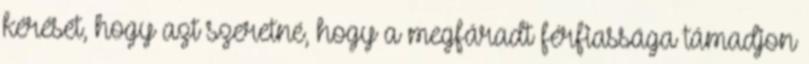
kérését, hogy azt szeretné, hogy a megfáradt férfiassága támadjon